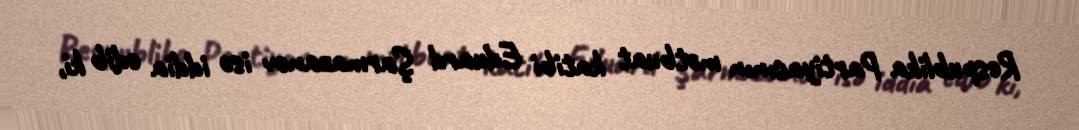
Respublika Partiyasının mətbuat katibi Eduard Şarmazanov isə iddia edib ki,